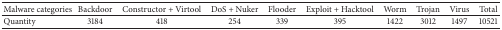
| Malware categories | Backdoor | Constructor + Virtool | DoS + Nuker | Flooder | Exploit + Hacktool | Worm | Trojan | Virus | Total |
 | --- | --- | --- | --- | --- | --- | --- | --- | --- | --- |
 | Quantity | 3184 | 418 | 254 | 339 | 395 | 1422 | 3012 | 1497 | 10521 |